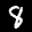
Label: 8